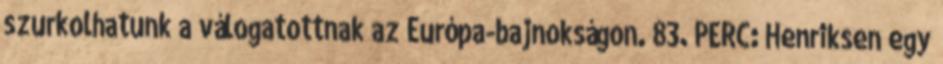
szurkolhatunk a válogatottnak az Európa-bajnokságon. 83. PERC: Henriksen egy